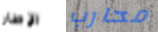
الإطار محارب